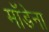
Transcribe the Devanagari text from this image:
मॉडेना